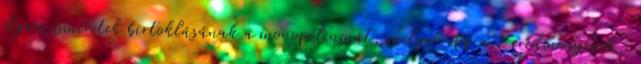
olyan is­meretek birtoklásának a monopóliumát, melyek épp azt ered­mé­ny­ezik,